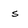
Character: s